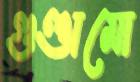
গুণ্ডামো